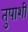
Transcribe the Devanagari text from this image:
तुपाशी